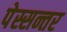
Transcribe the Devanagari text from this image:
पेस्सन्तर